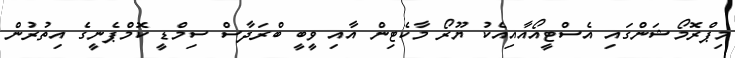
މިޕްރޮމޯޝަންގައި އެސްޓީއޯއާއިއެކު ޔޫރޯ މާކެޓިން އާއި ވީބީ ބްރަދާސް ސިމްޑީ ކޮމްޕެނީގެ އިތުރުން